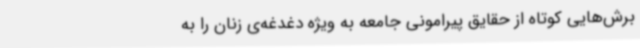
برش‌هایی کوتاه از حقایق پیرامونی جامعه‌ به ویژه دغدغه‌ی زنان را به